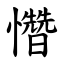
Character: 㦧